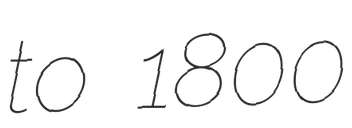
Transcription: to 1800